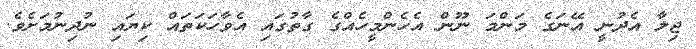
ޖިލާ އެދުނީ އޭނަގެ މަންމަ ނޫން އެހެންމީހެއްގެ ގާތުގައި އެވާހަކަތައް ކިޔައި ނުދިނުމަށެވެ.